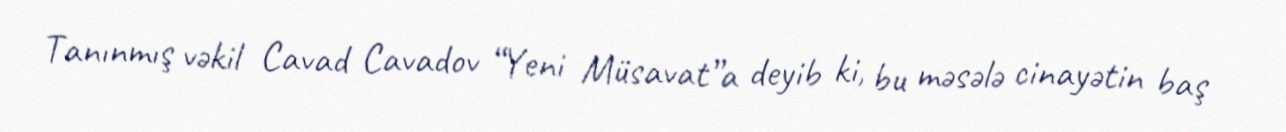
Tanınmış vəkil Cavad Cavadov “Yeni Müsavat”a deyib ki, bu məsələ cinayətin baş